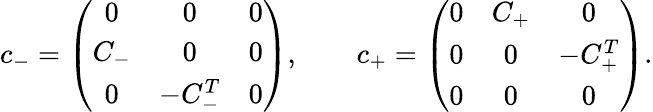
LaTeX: c_{-}=\left(\begin{array}{ccc}{{0}}&{{0}}&{{0}}\\ {{C_{-}}}&{{0}}&{{0}}\\ {{0}}&{{-C_{-}^{T}}}&{{0}}\end{array}\right),\qquad c_{+}=\left(\begin{array}{ccc}{{0}}&{{C_{+}}}&{{0}}\\ {{0}}&{{0}}&{{-C_{+}^{T}}}\\ {{0}}&{{0}}&{{0}}\end{array}\right).